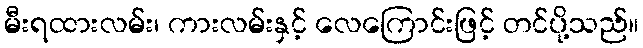
မီးရထားလမ်း၊ ကားလမ်းနှင့် လေကြောင်းဖြင့် တင်ပို့သည်။